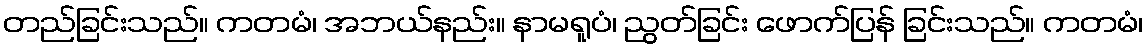
တည်ခြင်းသည်။ ကတမံ၊ အဘယ်နည်း။ နာမရူပံ၊ ညွတ်ခြင်း ဖောက်ပြန် ခြင်းသည်။ ကတမံ၊